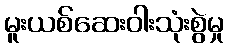
မူးယစ်ဆေးဝါးသုံးစွဲမှု